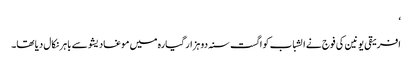
‘
افریقی یونین کی فوج نے الشباب کو اگست سنہ دو ہزار گیارہ میں موغادیشو سے باہر نکال دیا تھا۔